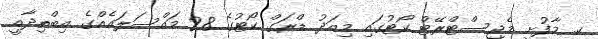
ކ. މާފުށީ މެޖިސްޓްރޭޓް ކޯޓުގައި މިއަދު ޑްރަގް ކޯޓުގެ 28 މައްސަލައެއްގެ އިބްތިދާއީ